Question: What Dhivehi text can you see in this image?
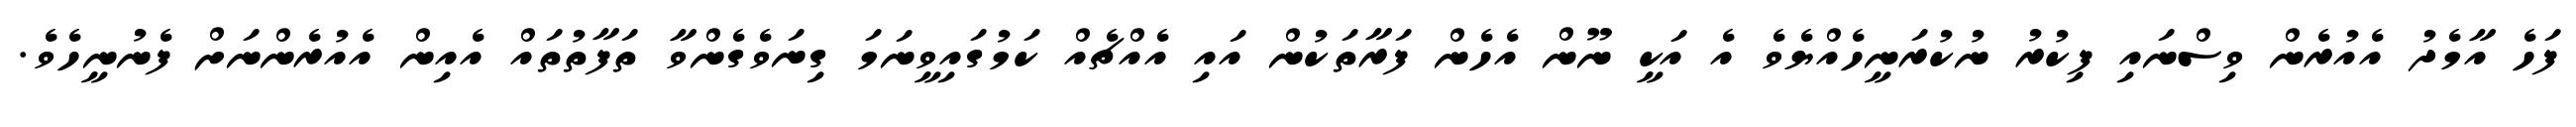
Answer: ފަހެ އާމެދު އެއުރެން ވިސްނައި ފިކުރު ނުކުރަނީހެއްޔެވެ އެ އަކީ ނޫން އެހެން ފަރާތަކުން އައި އެއްޗެއް ކަމުގައިވީނަމަ ގިނަވެގެންވާ ތަފާތުތައް އެއިން އެއުރެންނަށް ފެނުނީހެވެ.